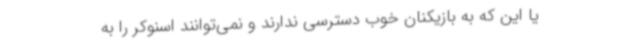
یا این که به بازیکنان خوب دسترسی ندارند و نمی‌توانند اسنوکر را به